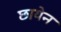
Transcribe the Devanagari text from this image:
छायेन